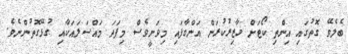
ބެލެވޭ ގޮތުގައި އިންތި ކޯޓަށް ހާޒިރުކުރަން އަންގާފައި މިވަނީވެސް މިފަދަ މައްސަލައަކާއި ގުޅޭގޮތުންނެވެ.